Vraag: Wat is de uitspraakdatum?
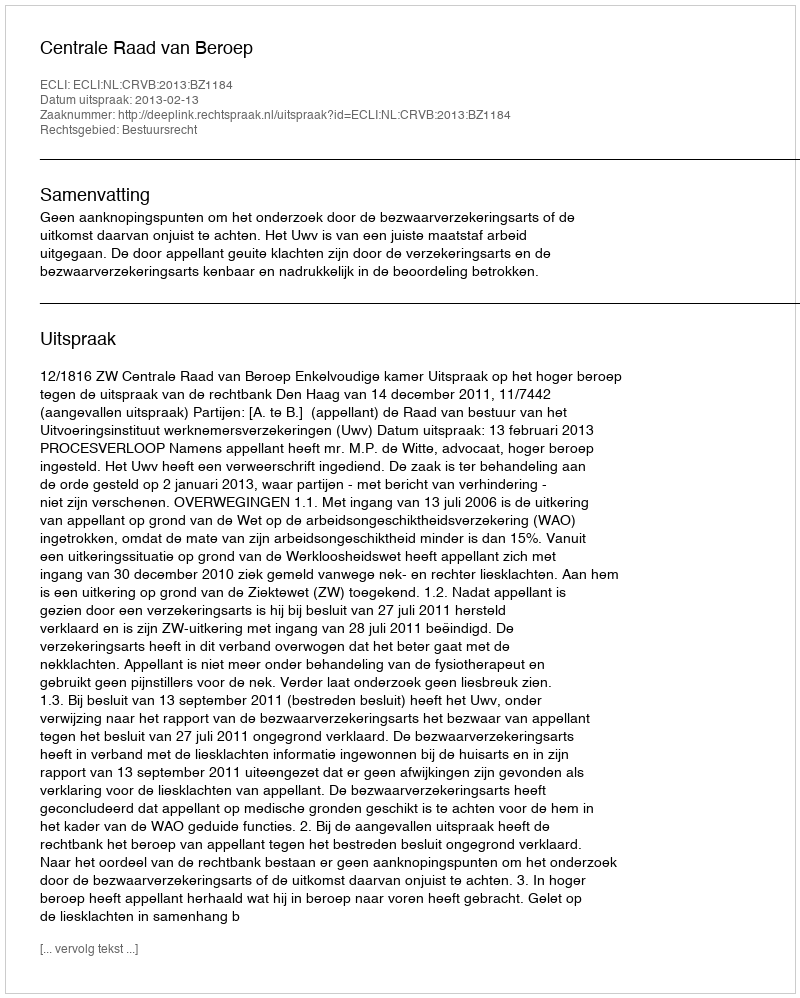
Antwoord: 2013-02-13